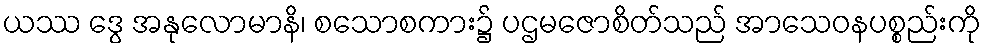
ယဿ ဒွေ အနုလောမာနိ၊ စသောစကား၌ ပဌမဇောစိတ်သည် အာသေဝနပစ္စည်းကို